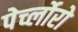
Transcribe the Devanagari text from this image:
पेर्च्लोरो